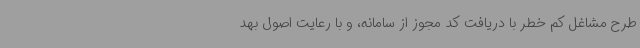
طرح مشاغل کم خطر با دریافت کد مجوز از سامانه، و با رعایت اصول بهد